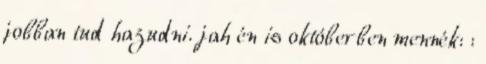
jobban tud hazudni. jah én is októberben mennék: :